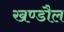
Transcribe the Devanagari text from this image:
खण्डौल